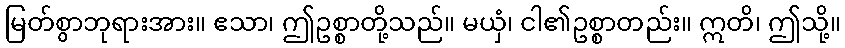
မြတ်စွာဘုရားအား။ ဧသာ၊ ဤဥစ္စာတို့သည်။ မယှံ၊ ငါ၏ဥစ္စာတည်း။ ဣတိ၊ ဤသို့။